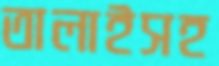
তালাইসহ